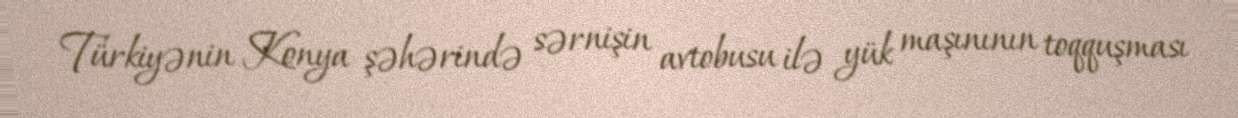
Türkiyənin Konya şəhərində sərnişin avtobusu ilə yük maşınının toqquşması